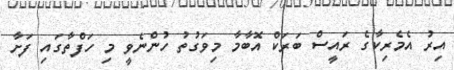
އިރު އެމެރިކާގެ ރައީސް ބަރަކް އޮބާމާ މިވަގުތު ހުންނެވީ މި ހަފްތާގައި ފަށާ